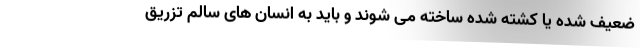
ضعیف شده یا کشته شده ساخته می شوند و باید به انسان های سالم تزریق